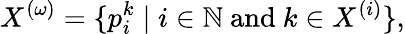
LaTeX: X^{(\omega)}=\{ p_{i}^{k}\mid i\in\mathbb{N}{\mathrm{~and~}}k\in X^{(i)}\} ,